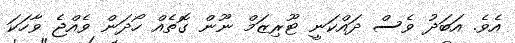
އެވެ. އަބަދު ވެސް ދައްކަނީ ޓޫރިޒަމް ނޫން ގޮތެއް ހޯދަން ވެއްޖެ ވާހަަކަ